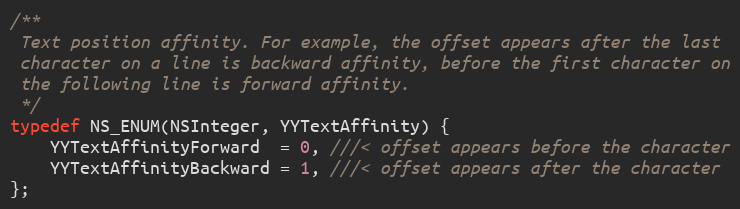
Language: C
/**
 Text position affinity. For example, the offset appears after the last
 character on a line is backward affinity, before the first character on
 the following line is forward affinity.
 */
typedef NS_ENUM(NSInteger, YYTextAffinity) {
    YYTextAffinityForward  = 0, ///< offset appears before the character
    YYTextAffinityBackward = 1, ///< offset appears after the character
};